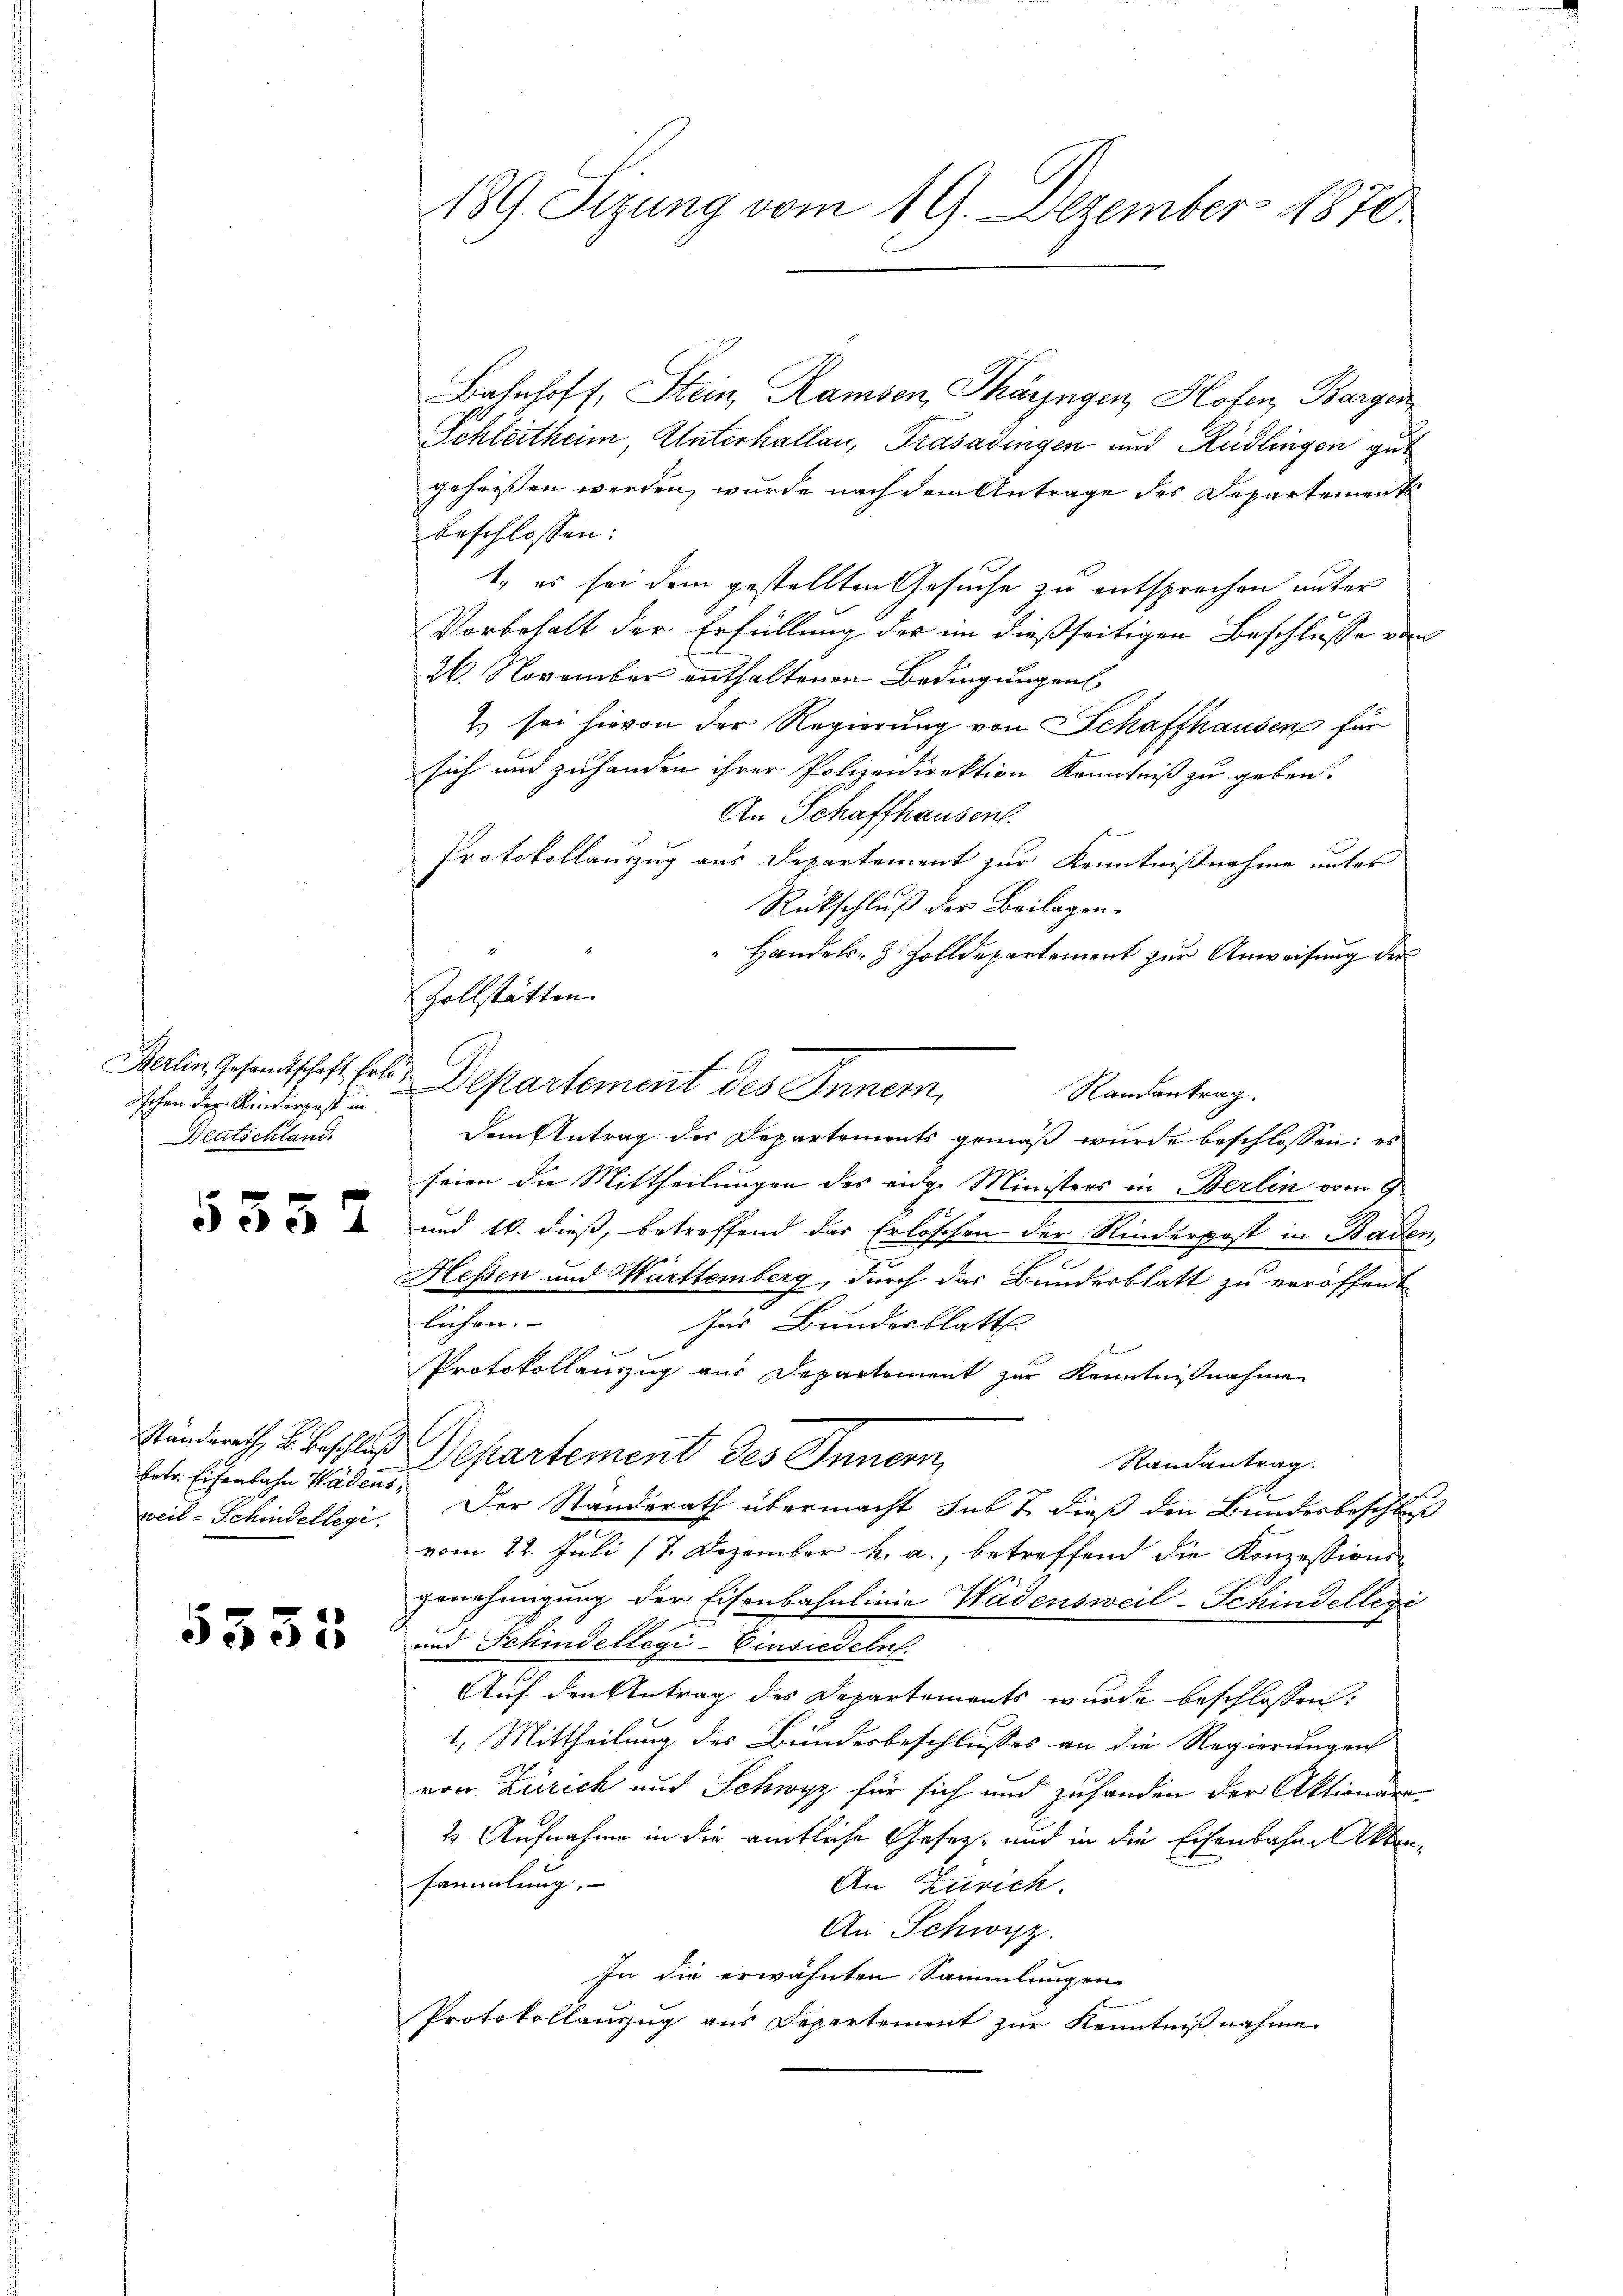
dchen der Rinderpost in
Deutschland

5332

weil - Schindellegi

5333

Bahnhoff, Stein, Ramsen Thäringen, Hofen, Bargen
Schleitheim, Unterhallen, Trasadingen und Rüdlingen gut
geheißen werden, wurde nach dem Antrage des Departements
beschlossen:
t, es sei dem gestellten Gesuche zu entsprechen unter
Vorbehalt der Erfüllung der im dießseitigen Beschlusse vom
26. November enthaltenen Bedingungen
2) sei hievon der Regierung von Schaffhausen für
sich und zuhanden ihrer Polizeidirektion Kenntniß zu geben.
An Schaffhausent.
Protokollauszug aus Departement zur Kenntnißnahme unter
Rückschluß der Beilagen.
Handels- & Zolldepartement zur Anweisung der
Berlin Gesandtschaft hat Departement des Innern,
Randantrag.
Dem Antrag des Departements gemäß wurde beschlossen: es
seien die Mittheilungen des eidge Ministers in Berlin vom 8
und 16. dieß, betreffend das Erlöschen der Rinderpost in Baden,
Hessen und Württemberg, durch das Bunderblatt zu veröffent
lichen.
für Bundesblatt
Protokollanzug aus Departement zur Kenntnißnahme
Standerath, u. Beschluß Departement des Innern,
Randantrag.
betr. Eisenbahn Wädens. Der Standerath übermacht sub 7. dieß den Bundesbeschluß
vom 22. Juli 17. Dezember h. a., betreffend die Konzessions-
genehmigung der Eisenbahnlinie Wädensweil-Schindellegi
und Schindellegi-Einsiedeln.
Auf den Antrag des Departements wurde beschlossen:
1.) Mittheilung des Bundesbeschlusses an die Regierungen
von Zürich und Schwyz für sich und zuhanden der Aktionar
2 Aufnahme in die amtliche Gesetze und in die Eisenbahne Aktensammlung.
An Zürich.
An Schwyz.
In die erwähnten Sammlungen
Protokollauszug aus Departement zur Kenntnißnahme

189. Sizung vom 19. Dezember 1870

Zollstätten.